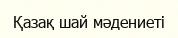
Қазақ шай мәдениеті